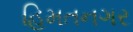
હિમતનગર